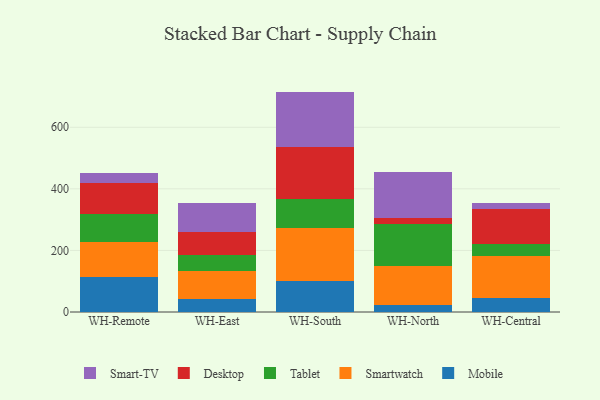
{"axis": {"x": "Warehouse", "y": "Demand Index"}, "legend": ["Desktop", "Mobile", "Smart-TV", "Smartwatch", "Tablet"], "data": [{"x": "WH-Remote", "y": 112.8, "type": "Mobile"}, {"x": "WH-Remote", "y": 113.3, "type": "Smartwatch"}, {"x": "WH-Remote", "y": 91.2, "type": "Tablet"}, {"x": "WH-Remote", "y": 102.0, "type": "Desktop"}, {"x": "WH-Remote", "y": 32.8, "type": "Smart-TV"}, {"x": "WH-East", "y": 41.5, "type": "Mobile"}, {"x": "WH-East", "y": 92.0, "type": "Smartwatch"}, {"x": "WH-East", "y": 50.5, "type": "Tablet"}, {"x": "WH-East", "y": 74.3, "type": "Desktop"}, {"x": "WH-East", "y": 96.2, "type": "Smart-TV"}, {"x": "WH-South", "y": 100.4, "type": "Mobile"}, {"x": "WH-South", "y": 171.6, "type": "Smartwatch"}, {"x": "WH-South", "y": 95.9, "type": "Tablet"}, {"x": "WH-South", "y": 168.2, "type": "Desktop"}, {"x": "WH-South", "y": 179.8, "type": "Smart-TV"}, {"x": "WH-North", "y": 21.4, "type": "Mobile"}, {"x": "WH-North", "y": 129.0, "type": "Smartwatch"}, {"x": "WH-North", "y": 136.4, "type": "Tablet"}, {"x": "WH-North", "y": 19.1, "type": "Desktop"}, {"x": "WH-North", "y": 147.3, "type": "Smart-TV"}, {"x": "WH-Central", "y": 45.4, "type": "Mobile"}, {"x": "WH-Central", "y": 136.3, "type": "Smartwatch"}, {"x": "WH-Central", "y": 38.4, "type": "Tablet"}, {"x": "WH-Central", "y": 115.2, "type": "Desktop"}, {"x": "WH-Central", "y": 17.3, "type": "Smart-TV"}]}